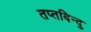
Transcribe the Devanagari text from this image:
तप्तबिन्दु